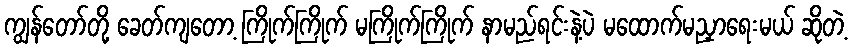
ကျွန်တော်တို့ ခေတ်ကျတော့ ကြိုက်ကြိုက် မကြိုက်ကြိုက် နာမည်ရင်းနဲ့ပဲ မထောက်မညှာရေးမယ် ဆိုတဲ့